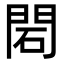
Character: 䦒